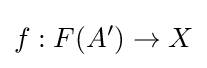
f:F(A')\to X